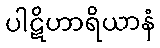
ပါဋိဟာရိယာနံ